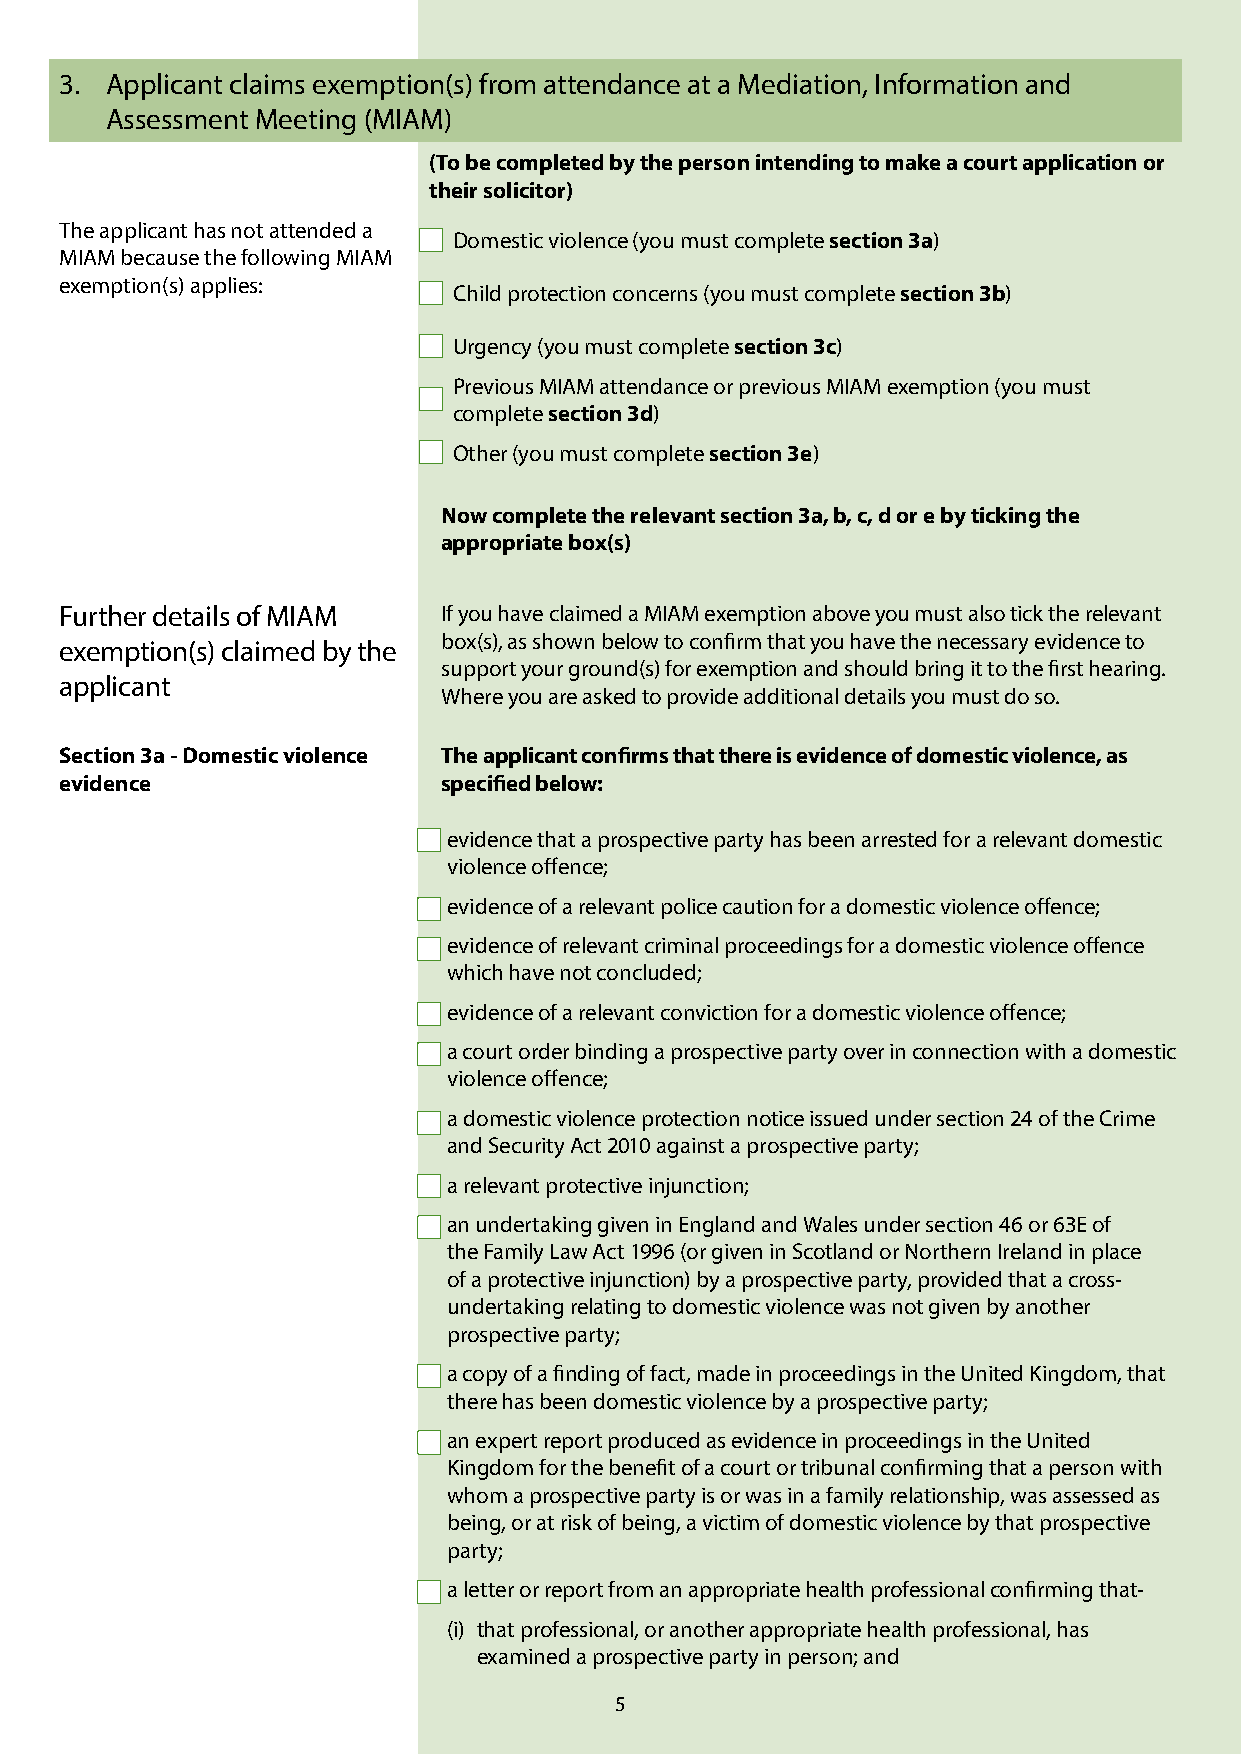
3. Applicant claims exemption(s) from attendance at a Mediation, Information and
 Assessment Meeting (MIAM)
 (To be completed by the person intending to make a court application or
 their solicitor)
 The applicant has not attended a
 Domestic violence (you must complete section 3a)
 MIAM because the following MIAM
 exemption(s) applies:
 Child protection concerns (you must complete section 3b)
 Urgency (you must complete section 3c)
 Previous MIAM attendance or previous MIAM exemption (you must
 complete section 3d)
 Other (you must complete section 3e)
 Now complete the relevant section 3a, b, c, d or e by ticking the
 appropriate box(s)
 Further details of MIAM  If you have claimed a MIAM exemption above you must also tick the relevant
 box(s), as shown below to confirm that you have the necessary evidence to
 exemption(s) claimed by the
 support your ground(s) for exemption and should bring it to the first hearing.
 applicant
 Where you are asked to provide additional details you must do so.
 Section 3a - Domestic violence The applicant confirms that there is evidence of domestic violence, as
 evidence                 specified below:
 evidence that a prospective party has been arrested for a relevant domestic
 violence offence;
 evidence of a relevant police caution for a domestic violence offence;
 evidence of relevant criminal proceedings for a domestic violence offence
 which have not concluded;
 evidence of a relevant conviction for a domestic violence offence;
 a court order binding a prospective party over in connection with a domestic
 violence offence;
 a domestic violence protection notice issued under section 24 of the Crime
 and Security Act 2010 against a prospective party;
 a relevant protective injunction;
 an undertaking given in England and Wales under section 46 or 63E of
 the Family Law Act 1996 (or given in Scotland or Northern Ireland in place
 of a protective injunction) by a prospective party, provided that a cross-
 undertaking relating to domestic violence was not given by another
 prospective party;
 a copy of a finding of fact, made in proceedings in the United Kingdom, that
 there has been domestic violence by a prospective party;
 an expert report produced as evidence in proceedings in the United
 Kingdom for the benefit of a court or tribunal confirming that a person with
 whom a prospective party is or was in a family relationship, was assessed as
 being, or at risk of being, a victim of domestic violence by that prospective
 party;
 a letter or report from an appropriate health professional confirming that-
 (i) that professional, or another appropriate health professional, has
 examined a prospective party in person; and
 5